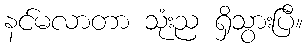
နင်မလာတာ သုံးည ရှိသွားပြီ။